Leningradi_Edasi_toimetus, lk 172
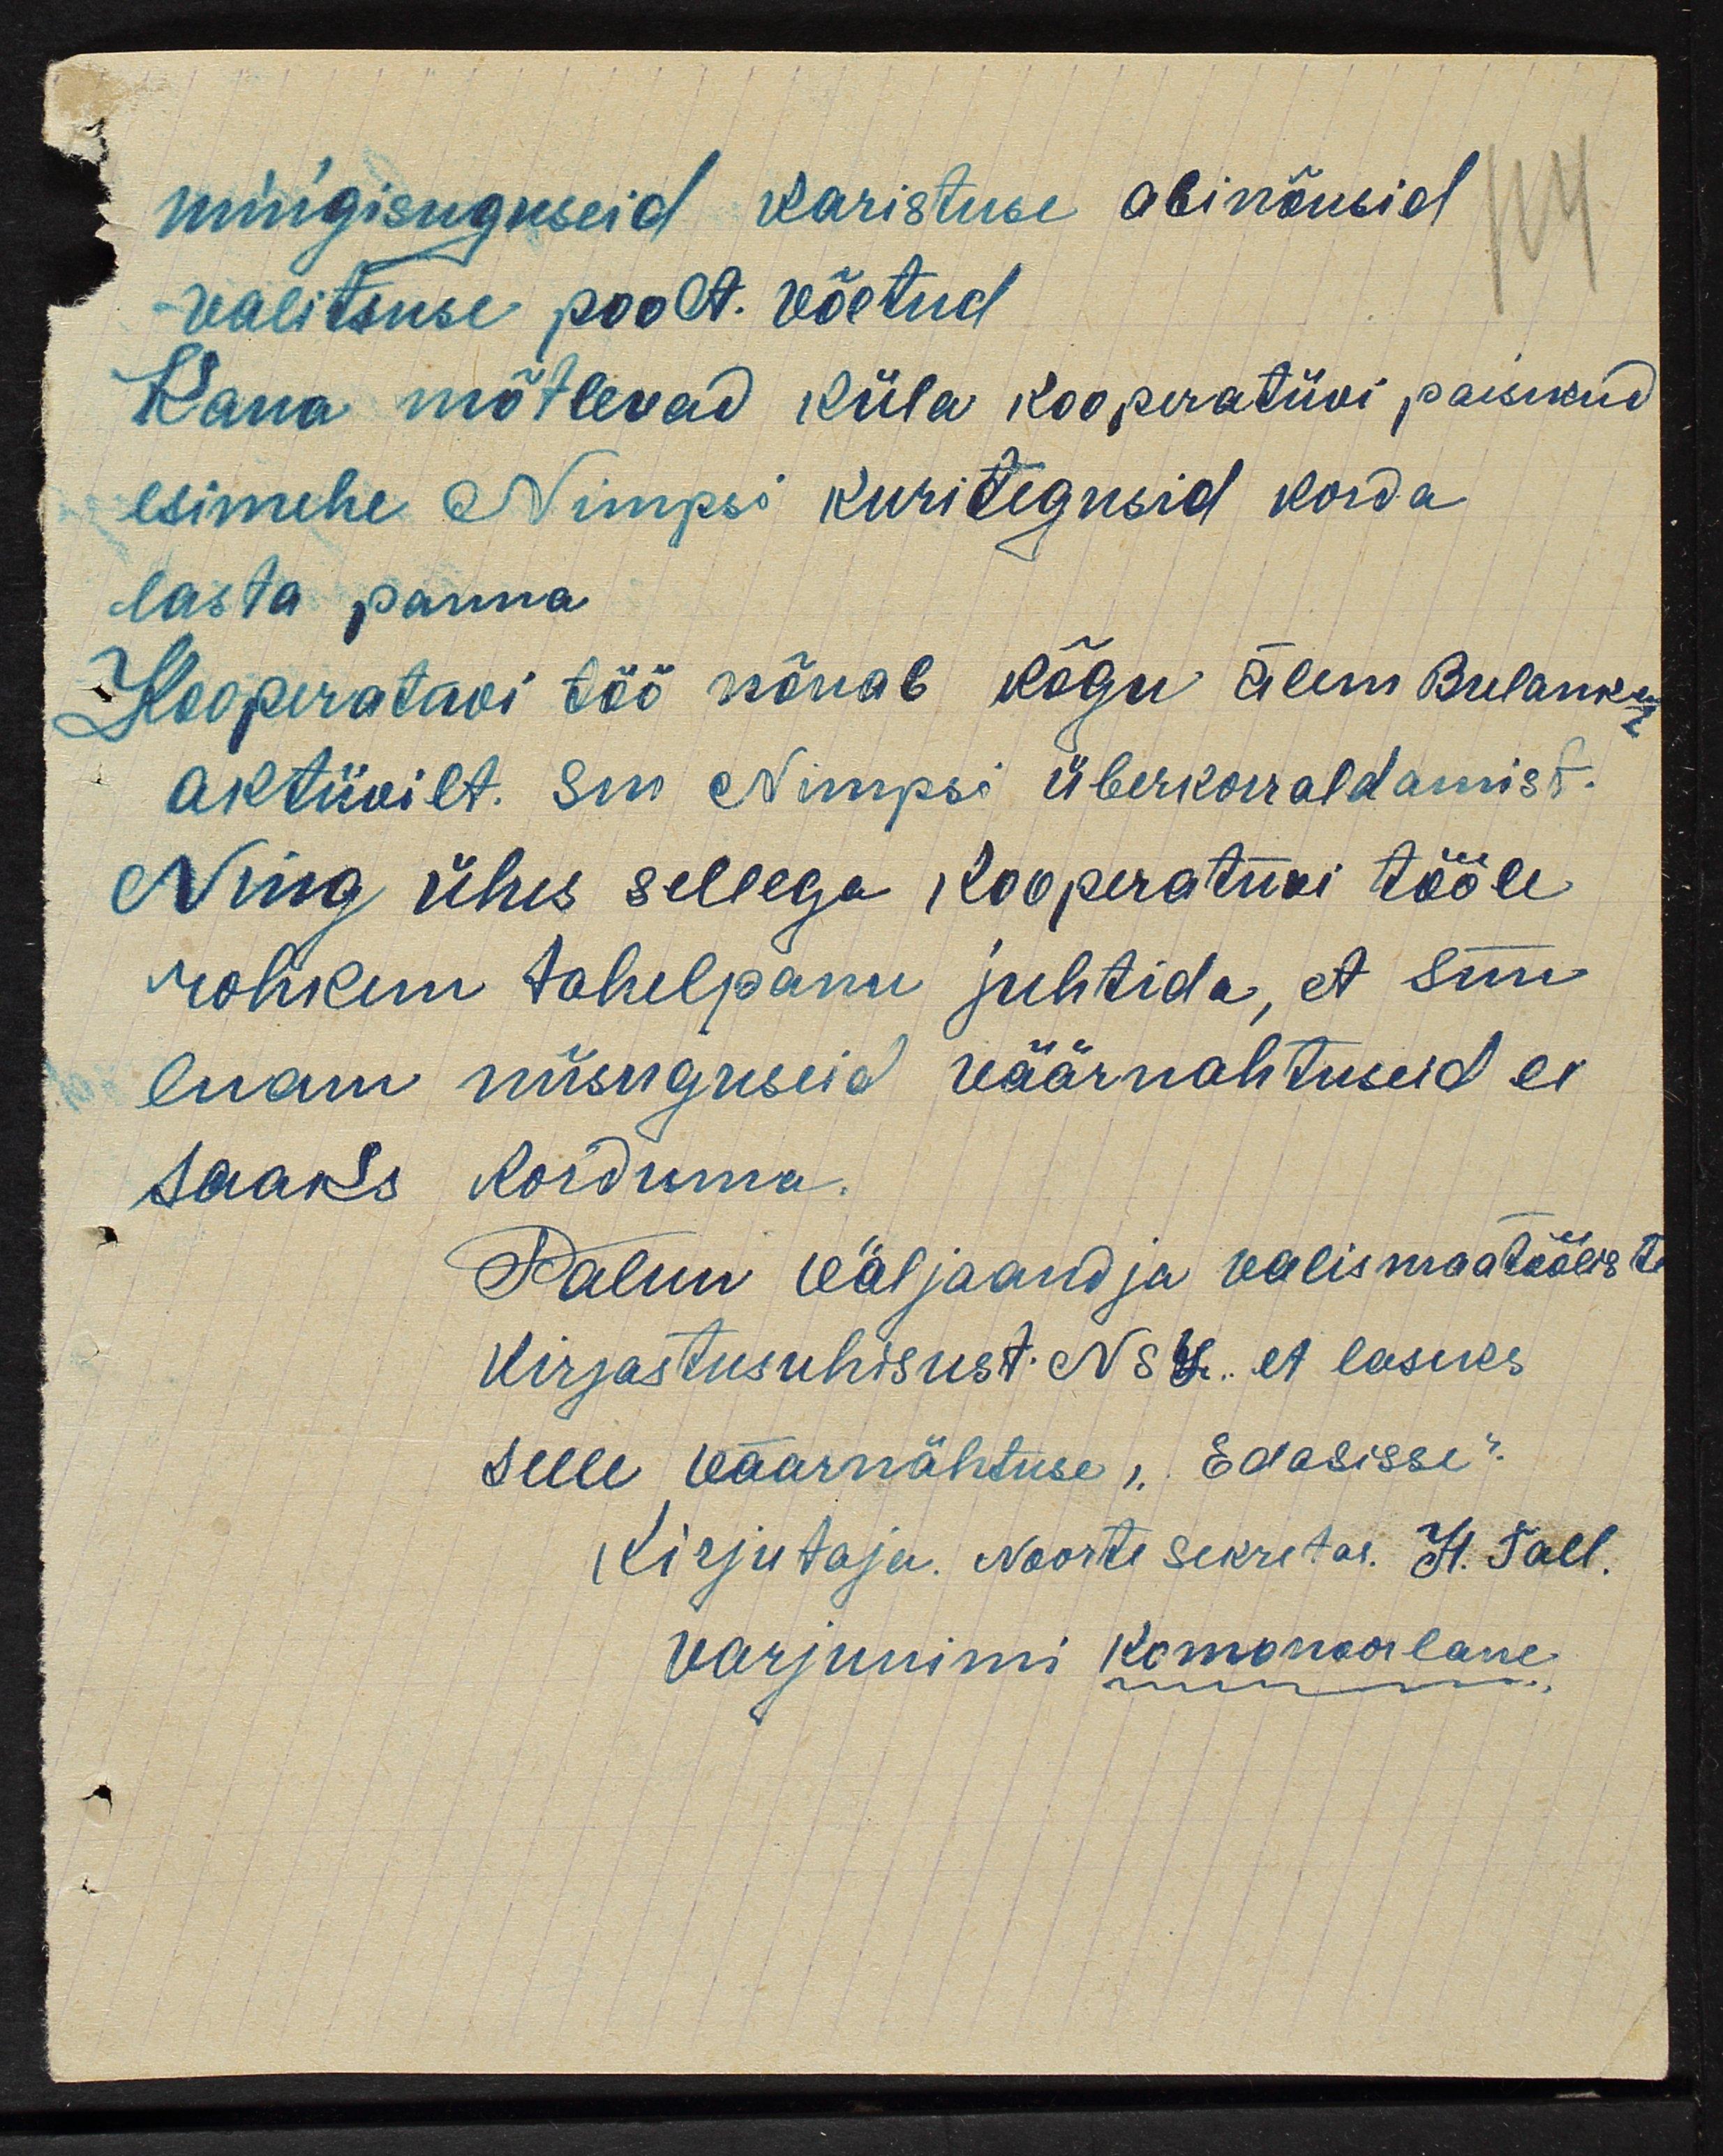
mingisuguseid karistuse abinõusid
valitsuse poolt. võetud
114
Kaua mõtlevad küla kooperatiivi paisikud
esimehe Nimpsi kuritegusid korda
lasta panna
Kooperatavi töö nõuab kõgu ülem Bulanku
aktiivilt. sm Nimpsi überkorraldamist.
Ning ühes sellega kooperatiivi tööle
rohkem tahelepanu juhtida, et siin
enam niisuguseid väärnahtuseid ei
saaks korduma.
Palun väljaandja valismaatöölist
Kirjastusuhisust. NSL. et laseks
selle väärmähtuse "Edasisse".
Kirjutaja. Noorte sekretas. H. Tall.
Varjunimi Komonoorlane